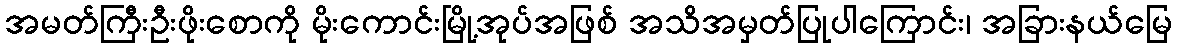
အမတ်ကြီးဦးဖိုးစောကို မိုးကောင်းမြို့အုပ်အဖြစ် အသိအမှတ်ပြုပါကြောင်း၊ အခြားနယ်မြေ